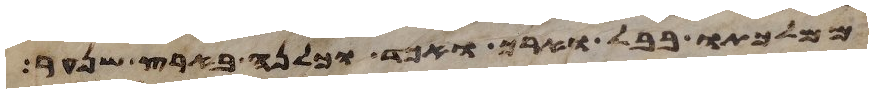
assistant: ממלכתו בבל וארך ואכד וכלנה בארץ שנער